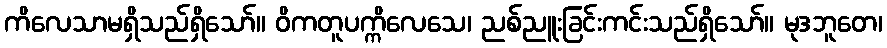
ကိလေသာမရှိသည်ရှိသော်။ ဝိကတူပက္ကိလေသေ၊ ညစ်ညူးခြင်းကင်းသည်ရှိသော်။ မုဒဘူတေ၊